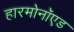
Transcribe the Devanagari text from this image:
हारमोनॉएड